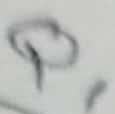
Text: Q1